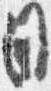
目